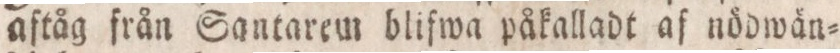
aftåg från Santarem blifwa påkalladt af nödwän=